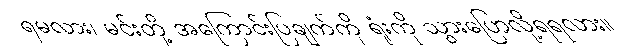
ရမလား၊ မင်းတို့ အကြောင်းပြချက်ကို ရုံးကို သွားပြောလို့ရရလား။